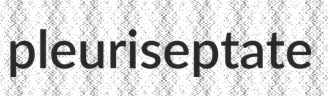
pleuriseptate